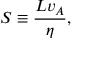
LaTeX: S \equiv { \frac { L v _ { A } } { \eta } } ,